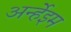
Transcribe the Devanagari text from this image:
अर्न्हेइम